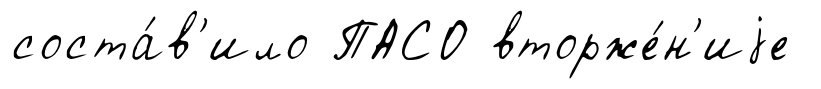
соста́в'ило ПАСО вторже́н'иjе